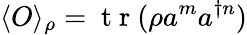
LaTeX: \langle O\rangle_{\rho}=\mathrm{~t~r~}(\rho a^{m}a^{\dagger n})